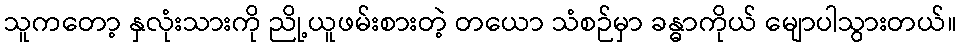
သူကတော့ နှလုံးသားကို ညို့ယူဖမ်းစားတဲ့ တယော သံစဉ်မှာ ခန္ဓာကိုယ် မျောပါသွားတယ်။